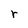
Character: r